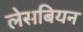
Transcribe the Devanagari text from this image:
लेसबियन